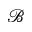
\mathcal { B }